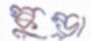
স্কুন্ড্রা